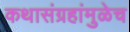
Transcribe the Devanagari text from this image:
कथासंग्रहांमुळेच